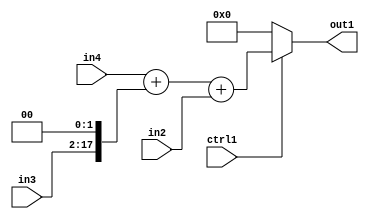
`timescale 1ps / 1ps
/*****************************************************************************
    Verilog RTL Description
    
    
    Created by: Stratus DpOpt 2019.1.01 
*******************************************************************************/

module bn_addr_gen_MuxAdd3u16Cati0u16u32i0u1_1 (
	in4,
	in3,
	in2,
	ctrl1,
	out1
	); /* architecture "behavioural" */ 
input [31:0] in4;
input [15:0] in3,
	in2;
input  ctrl1;
output [31:0] out1;
wire [31:0] asc001,
	asc002;
wire [17:0] asc003;

assign asc003 = {in3,2'B00};

wire [31:0] asc002_tmp_0;
assign asc002_tmp_0 = 
	+(in4)
	+(asc003);
assign asc002 = asc002_tmp_0
	+(in2);

reg [31:0] asc001_tmp_1;
assign asc001 = asc001_tmp_1;
always @ (ctrl1 or asc002) begin
	case (ctrl1)
		1'B1 : asc001_tmp_1 = asc002 ;
		default : asc001_tmp_1 = 32'B00000000000000000000000000000000 ;
	endcase
end

assign out1 = asc001;
endmodule

/* CADENCE  vbP3Tgs= : u9/ySgnWtBlWxVPRXgAZ4Og= ** DO NOT EDIT THIS LINE ******/